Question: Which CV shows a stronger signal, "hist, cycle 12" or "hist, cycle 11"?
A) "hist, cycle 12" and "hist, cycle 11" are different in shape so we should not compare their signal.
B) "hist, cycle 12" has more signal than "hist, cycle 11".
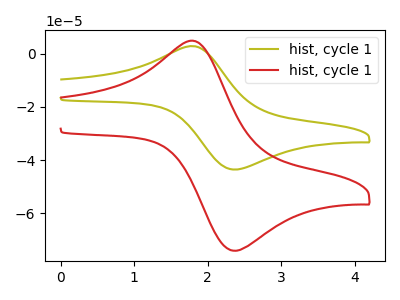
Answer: <think>The olive curve "hist, cycle 11" has an anodic peak at (1.85V, 2.70uA) and a cathodic peak at (2.40V, -43.55uA). The red curve "hist, cycle 12" has an anodic peak at (1.85V, 4.60uA) and a cathodic peak at (2.40V, -74.05uA).
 All the peaks in "hist, cycle 12" have a peak in "hist, cycle 11" at the same potential. Every peak in "hist, cycle 12" is higher than every peak in "hist, cycle 11".</think>
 <answer>B) "hist, cycle 12" has more signal than "hist, cycle 11".</answer>
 <eval>B</eval>